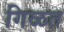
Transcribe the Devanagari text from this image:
गिळत